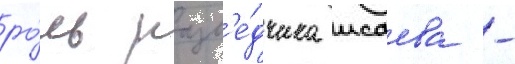
ро́ль разв'е́дчика исаева -